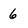
Character: 6